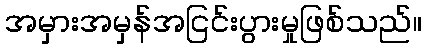
အမှားအမှန်အငြင်းပွားမှုဖြစ်သည်။